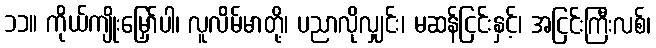
၁၁။ ကိုယ်ကျိုးမြှော်ပါ၊ လူလိမ်မာတို့၊ ပညာလိုလျှင်း၊ မဆန်ငြင်းနှင့်၊ အငြင်းကြီးလစ်၊